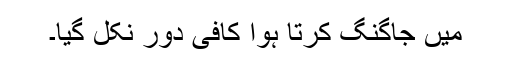
میں جاگنگ کرتا ہوا کافی دور نکل گیا۔